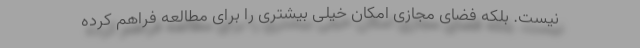
نیست. بلکه فضای مجازی امکان خیلی بیشتری را برای مطالعه فراهم کرده